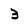
Character: 3